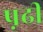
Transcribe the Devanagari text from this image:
प़ढी